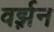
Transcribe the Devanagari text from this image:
वर्झ़न